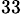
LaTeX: ^{33}